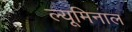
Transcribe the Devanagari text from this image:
ल्यूमिनाल